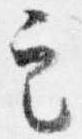
定